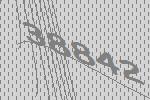
38842